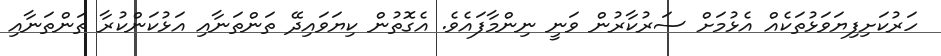
ހަރުކަށިފިޔަވަޅުތަކެއް އެޅުމަށް ސަރުކާރުން ވަނީ ނިންމާފައެވެ. އެގޮތުން ކިޔަވައިދޭ ތަންތަނާއި އަޅުކަންކުރާ ތަންތަނާއި